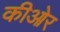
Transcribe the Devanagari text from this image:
कीओर